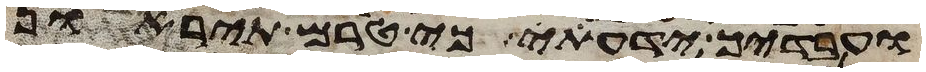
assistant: ועבדיך ידעתי כי טרם תיראון